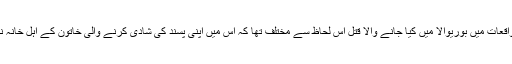
عزت کے نام پر قتل کے ان واقعات میں بوریوالا میں کیا جانے والا قتل اس لحاظ سے مختلف تھا کہ اس میں اپنی پسند کی شادی کرنے والی خاتون کے اہل خانہ نے اپنے داماد کا گلا کاٹ دیا۔